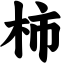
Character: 柿